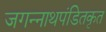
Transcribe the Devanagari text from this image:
जगन्नाथपंडितकृत